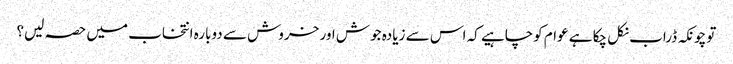
توچونکہ ڈراب نکل چکا ہے عوام کوچاہیے کہ اس سے زیادہ جوش اور خروش سے دوبارہ انتخاب میں حصہ لیں؟